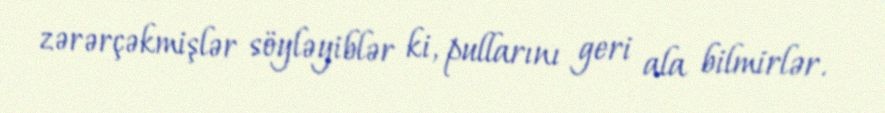
zərərçəkmişlər söyləyiblər ki, pullarını geri ala bilmirlər.